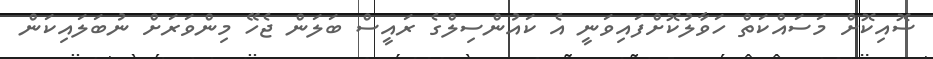
ސޮއިކޮށް މަސައްކަތް ހަވާލުކޮށްފައިވަނީ އެ ކައުންސިލްގެ ރައީސް ބަލަން ޖެހޭ މިންވަރަށް ނުބަލައިކަން